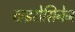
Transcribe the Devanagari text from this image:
टाइरोसिनेज